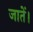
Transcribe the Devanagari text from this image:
जातें।